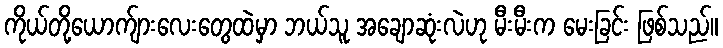
ကိုယ်တို့ယောက်ျားလေးတွေထဲမှာ ဘယ်သူ အချောဆုံးလဲဟု မီးမီးက မေးခြင်း ဖြစ်သည်။